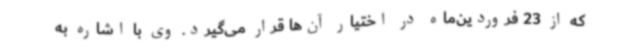
که از 23 فروردین‌ماه در اختیار آن‌ها قرار می‌گیرد. وی با اشاره به